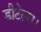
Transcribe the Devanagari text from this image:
डीटेल्स।